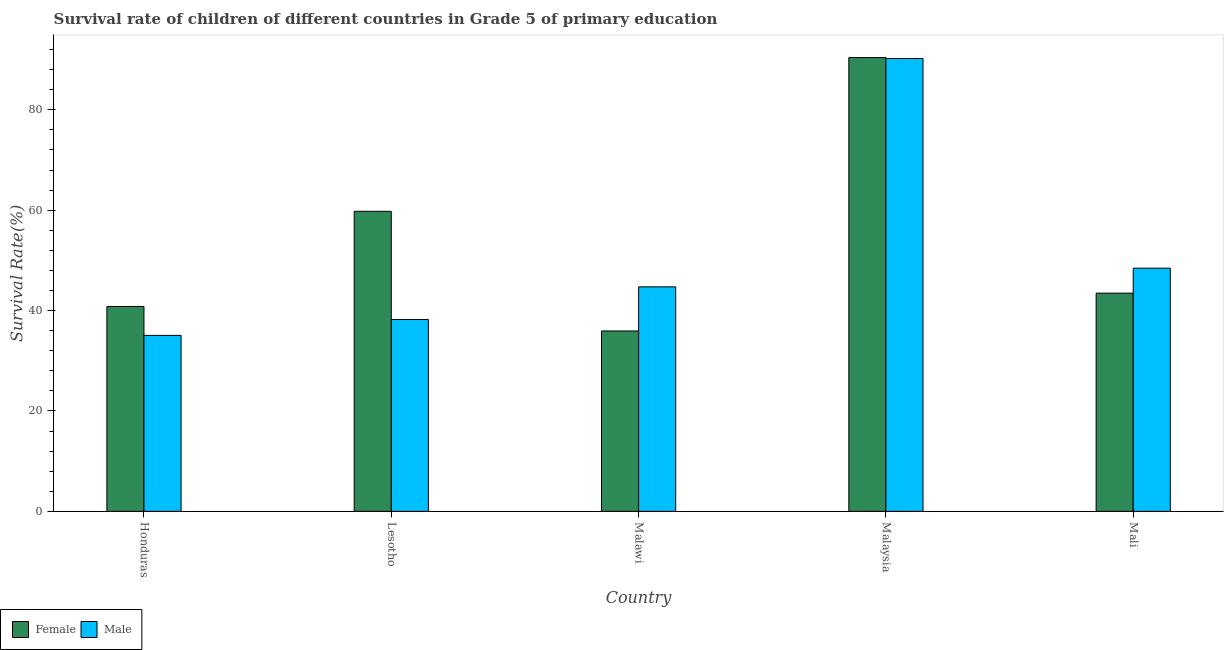
| Country | Female | Male |
 | --- | --- | --- |
 | Honduras | 40.8 | 35.1 |
 | Lesotho | 59.8 | 38.2 |
 | Malawi | 35.9 | 44.7 |
 | Malaysia | 90.4 | 90.2 |
 | Mali | 43.5 | 48.5 |